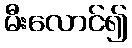
မီးလောင်၍